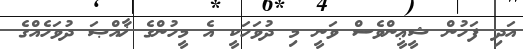
އަދި ފަހުން ޝީޢީންވެސް ވަނީ މި ދުވަހަކީ އެ މީހުންގެ ޚާއްޞަ ދުވަހެއްގެ